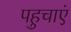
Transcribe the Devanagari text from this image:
पहुचाएं